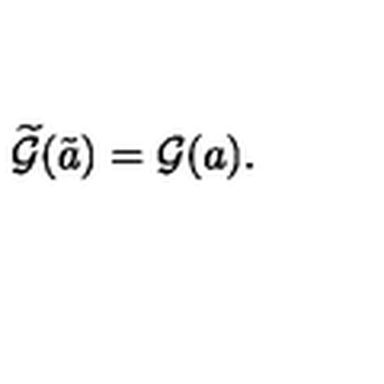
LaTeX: \widetilde { \cal G } ( \tilde { a } ) = { \cal G } ( a ) .